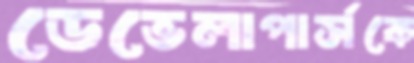
ডেভেলাপার্সকে